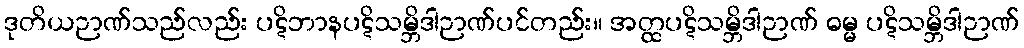
ဒုတိယဉာဏ်သည်လည်း ပဋိဘာနပဋိသမ္ဘိဒါဉာဏ်ပင်တည်း။ အတ္ထပဋိသမ္ဘိဒါဉာဏ် ဓမ္မ ပဋိသမ္ဘိဒါဉာဏ်